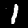
Label: 1